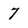
Character: 7